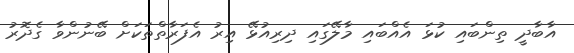
އާބާދީ ތިންބައި ކުޅަ އެއްބައި މާލޭގައި ދިރިއުޅޭ އިރު އެފަރާތްތަކަށް ބޭނުންވާ ގެދޮރު